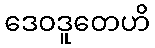
ဒေဝဒူတေဟိ